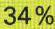
34 %